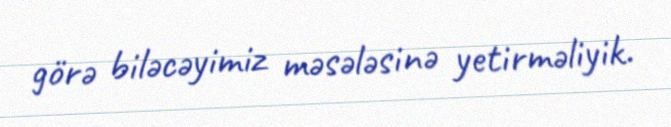
görə biləcəyimiz məsələsinə yetirməliyik.